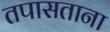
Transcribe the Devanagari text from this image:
तपासताना